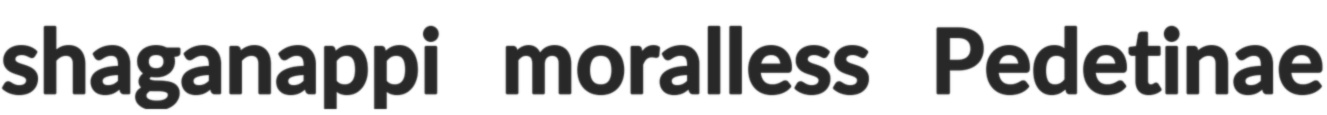
shaganappi moralless Pedetinae